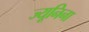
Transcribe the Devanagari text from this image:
ज्यूनिना